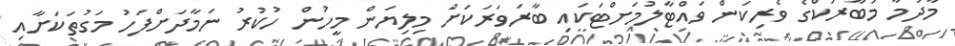
މާދަމާ މުބާރަކްގެ ވެރިކަން ވައްޓާލުމަށްޓަކައި ބާރަވަރަކަށް މިލިޔަން މީހުން ހުކުރު ނަމާދަށްފަހު މަގުތަކަށާއި